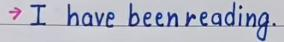
-> I have been reading.